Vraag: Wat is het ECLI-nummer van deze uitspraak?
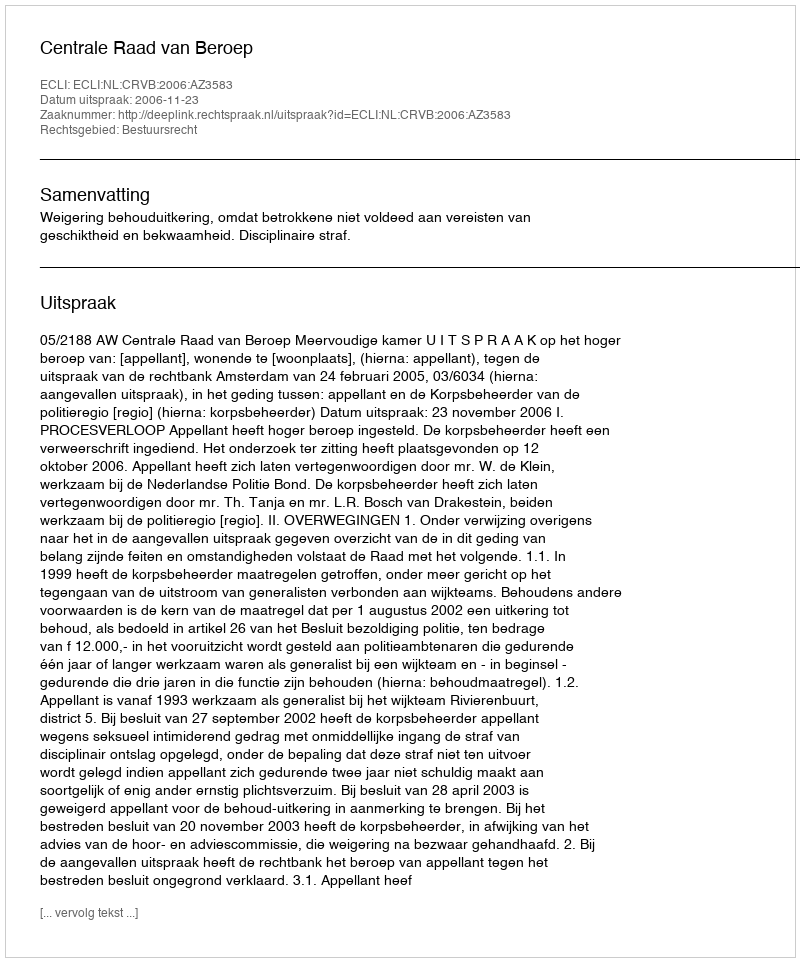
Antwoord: ECLI:NL:CRVB:2006:AZ3583